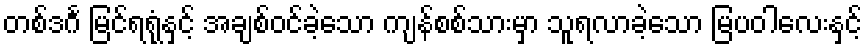
တစ်ဒင်္ဂ မြင်ရရုံနှင့် အချစ်ဝင်ခဲ့သော ကျန်စစ်သားမှာ သူရလာခဲ့သော မြပဝါလေးနှင့်